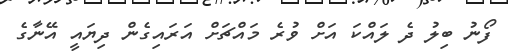
ފޯނު ބިލު ދެ ލައްކަ އަށް ވުރެ މައްޗަށް އަރައިގެން ދިޔައީ އޭނާގެ